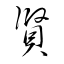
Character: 賢